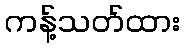
ကန့်သတ်ထား